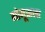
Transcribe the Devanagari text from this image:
गोमूत्राला